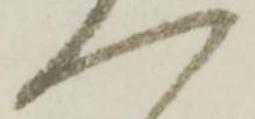
へ